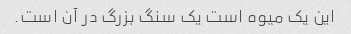
این یک میوه است یک سنگ بزرگ در آن است.